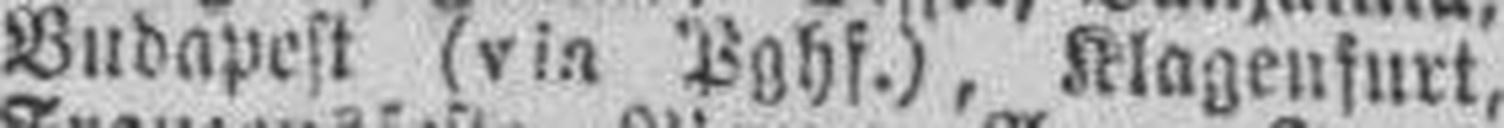
Budapest (via Pghf.), Klagenfurt,